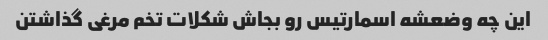
این چه وضعشه اسمارتیس رو بجاش شکلات تخم مرغی گذاشتن